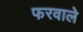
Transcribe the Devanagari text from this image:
फरवाले